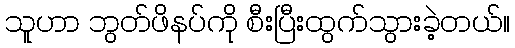
သူဟာ ဘွတ်ဖိနပ်ကို စီးပြီးထွက်သွားခဲ့တယ်။